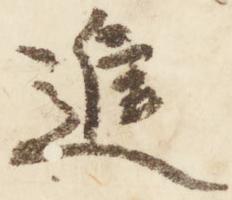
進